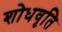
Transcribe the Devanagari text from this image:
शोधवृति